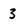
Character: 3